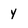
Character: Y